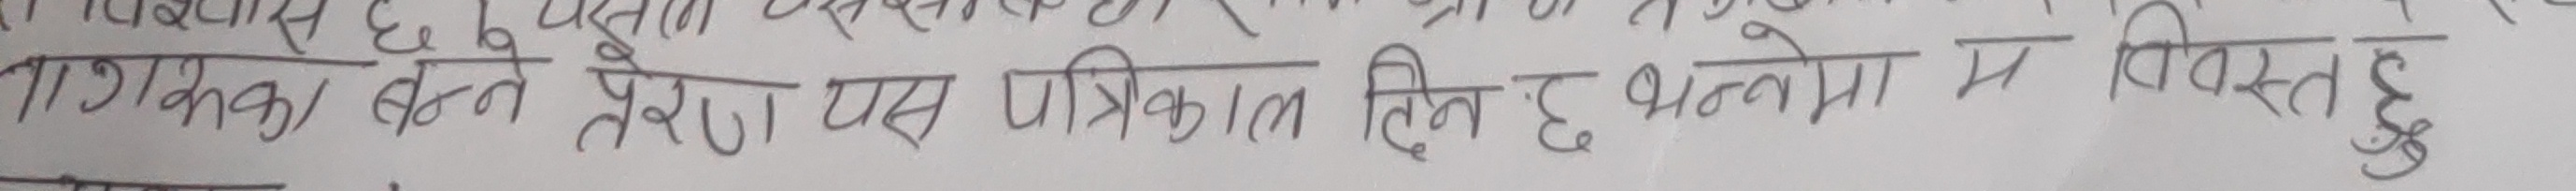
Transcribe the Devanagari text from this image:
लागणका क्षेत्र प्रेरित यस पत्रिकामा दिन भननेमा विस्तत हु